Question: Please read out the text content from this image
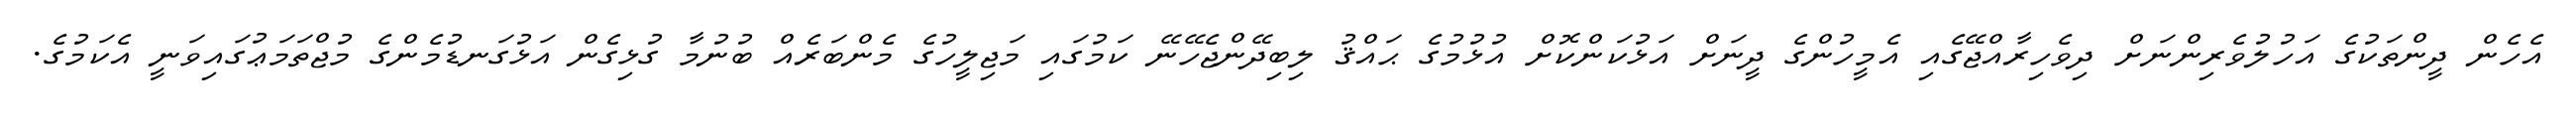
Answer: އެހެން ދީންތަކުގެ އަހުލުވެރިންނަށް ދިވެހިރާއްޖޭގެއި އެމީހުންގެ ދީނަށް އަޅުކަންކޮށް އުޅުމުގެ ޙައްޤު ލިބިދޭންޖެހޭނޭ ކަމުގައި މަޖިލީހުގެ މެންބަރެއް ބުނުމާ ގުޅިގެން އަޅުގަނޑުމެންގެ މުޖްތަމަޢުގައިވަނީ އެކަމުގެ.